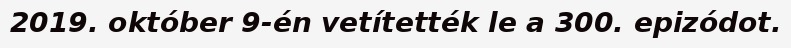
2019. október 9-én vetítették le a 300. epizódot.